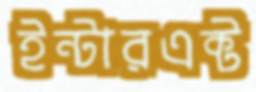
ইন্টারএক্ট